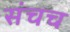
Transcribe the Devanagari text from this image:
संचच